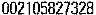
002105827328